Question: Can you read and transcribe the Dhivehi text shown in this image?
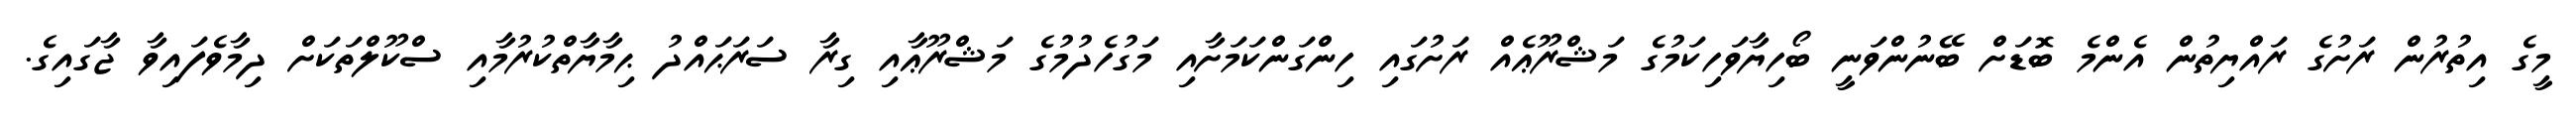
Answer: މީގެ އިތުރުން ރަށުގެ ރައްޔިތުން އެންމެ ބޮޑަށް ބޭނުންވަނީ ބޯހިޔާވަހިކަމުގެ މަޝްރޫޢެއް ރަށުގައި ހިންގަންކަމަށާއި މަގުހެދުމުގެ މަޝްރޫޢާއި ގިރާ ސަރަޙައްދު ޙިމާޔާތްކުރުމާއި ސްކޫލްތަކަށް ދިމާވެފައިވާ ޖާގައިގެ.